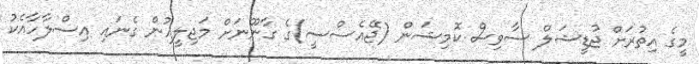
މީގެ އިތުރަށް ޖުޑީޝަލް ސާވިސް ކޮމިޝަން (ޖޭއެސްސީ)ގެ ގާނޫނަށް މަޖިލީހުން ގެނައި އިސްލާހާއެކު